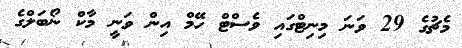
މެޗުގެ 29 ވަނަ މިނިޓްގައި ވެސްޓް ހޭމް އިން ވަނީ މާކް ނޯބަލްގެ